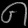
Digit: ၈